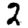
Digit: 2